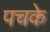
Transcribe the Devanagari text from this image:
पचके